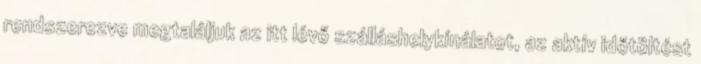
rendszerezve megtaláljuk az itt lévő szálláshelykínálatot, az aktív időtöltést